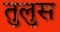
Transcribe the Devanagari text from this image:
तुलुस